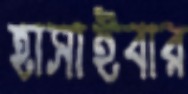
হাসাইবার